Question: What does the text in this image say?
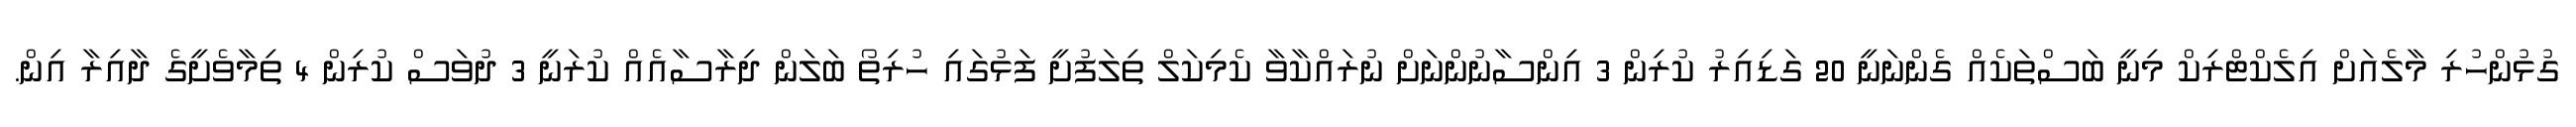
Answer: ގުޅުންހުރި މާލެއަށް އިލެކްޓްރިކް މިނީ ބަސްތަކެއް ގެންނަނީ 20 ގަޑިއިރު ކުރިން 3 އިންސާނުންނަށް ނުރައްކާވާ ކެމިކަލް ތިލަފުށީ ފަޅުގައި ހުރިތޯ ބަލަން ދިރާސާއެއް ކުރަނީ 3 ދުވަސް ކުރިން 4 ތިމާވެށީގެ ދާއިރާ އިން.